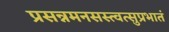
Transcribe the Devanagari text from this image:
प्रसन्नमनसस्त्वत्सुप्रभातं